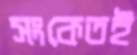
সংকেতই